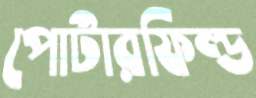
পোর্টারফিল্ড